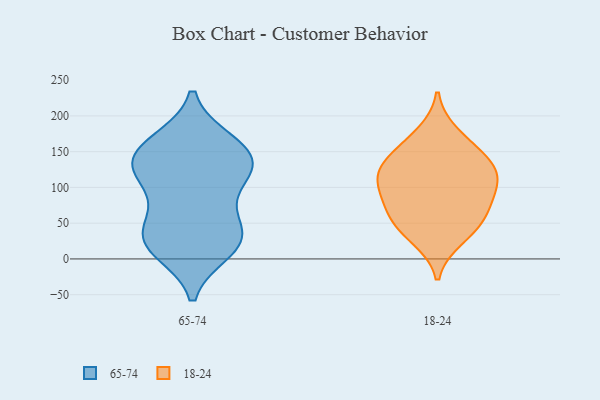
{"axis": {"x": "Budget (USD K)", "y": "Value"}, "legend": ["18-24", "65-74"], "data": [{"x": "", "y": 163, "type": "65-74"}, {"x": "", "y": 128, "type": "65-74"}, {"x": "", "y": 28, "type": "65-74"}, {"x": "", "y": 158, "type": "65-74"}, {"x": "", "y": 125, "type": "65-74"}, {"x": "", "y": 62, "type": "65-74"}, {"x": "", "y": 153, "type": "65-74"}, {"x": "", "y": 13, "type": "65-74"}, {"x": "", "y": 29, "type": "65-74"}, {"x": "", "y": 33, "type": "65-74"}, {"x": "", "y": 124, "type": "65-74"}, {"x": "", "y": 135, "type": "65-74"}, {"x": "", "y": 22, "type": "65-74"}, {"x": "", "y": 97, "type": "65-74"}, {"x": "", "y": 75, "type": "18-24"}, {"x": "", "y": 61, "type": "18-24"}, {"x": "", "y": 140, "type": "18-24"}, {"x": "", "y": 103, "type": "18-24"}, {"x": "", "y": 152, "type": "18-24"}, {"x": "", "y": 100, "type": "18-24"}, {"x": "", "y": 176, "type": "18-24"}, {"x": "", "y": 107, "type": "18-24"}, {"x": "", "y": 28, "type": "18-24"}, {"x": "", "y": 61, "type": "18-24"}, {"x": "", "y": 129, "type": "18-24"}, {"x": "", "y": 40, "type": "18-24"}, {"x": "", "y": 124, "type": "18-24"}]}